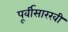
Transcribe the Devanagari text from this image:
पूर्वीसारखी